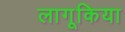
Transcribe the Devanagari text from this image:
लागूकिया